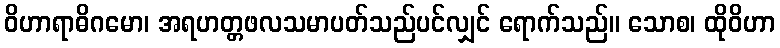
ဝိဟာရာဓိဂမော၊ အရဟတ္တဖလသမာပတ်သည်ပင်လျှင် ရောက်သည်။ သောစ၊ ထိုဝိဟာ